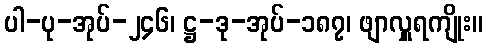
ပါ-ပု-အုပ်-၂၄၆၊ ဋ္ဌ-ဒု-အုပ်-၁၈၇၊ ဖျာလှူရကျိုး။